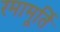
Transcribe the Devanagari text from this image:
रमामूर्ति